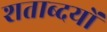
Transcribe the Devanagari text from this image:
शताब्दयों